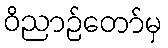
ဝိညာဉ်တော်မှ